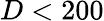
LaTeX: D<200